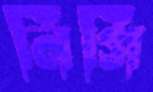
নিগি